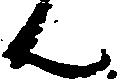
ん